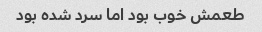
طعمش خوب بود اما سرد شده بود